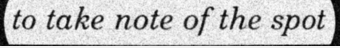
to take note of the spot